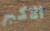
الاكبر